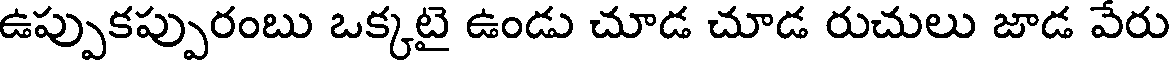
ఉప్పుకప్పురంబు ఒక్కటై ఉండు చూడ చూడ రుచులు జాడ వేరు